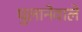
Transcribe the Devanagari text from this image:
घुलानेवाले